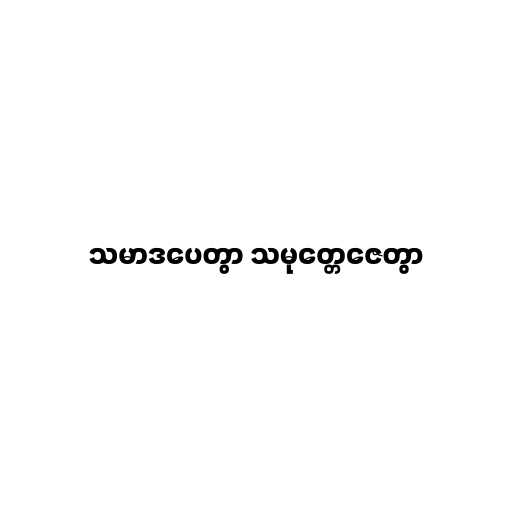
သမာဒပေတွာ သမုတ္တေဇေတွာ